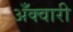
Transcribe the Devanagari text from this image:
अँक्वारी